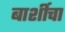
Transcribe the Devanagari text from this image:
बार्शीचा